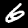
Digit: 6